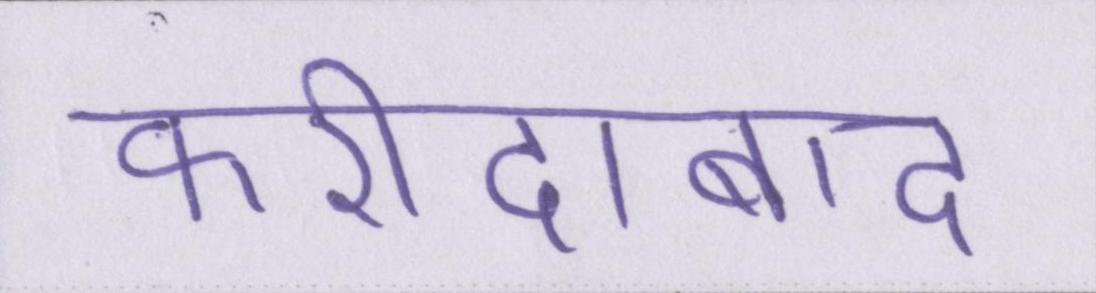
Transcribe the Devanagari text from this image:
फरीदाबाद